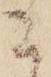
已